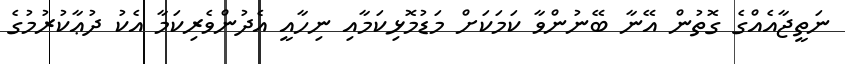
ނަތީޖާއެއްގެ ގޮތުން އޭނާ ބޭނުންވާ ކަމަކަށް މަޑުމޮޅިކަމާއި ނިހާއީ އެދުންވެރިކަމާ އެކު ދުޢާކުރުމުގެ